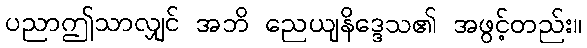
ပညာဤသာလျှင် အဘိ ညေယျနိဒ္ဒေသ၏ အဖွင့်တည်း။